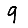
Digit: 9